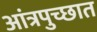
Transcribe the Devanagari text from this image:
आंत्रपुच्छात